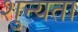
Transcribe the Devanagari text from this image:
शुन्यता